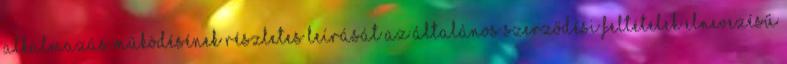
Alkalmazás működésének részletes leírását az Általános Szerződési Feltételek elnevezésű